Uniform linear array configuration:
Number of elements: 12
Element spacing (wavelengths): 1
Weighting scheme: hamming
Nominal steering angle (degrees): -30
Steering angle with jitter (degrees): -28.943
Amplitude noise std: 0.05
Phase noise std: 0.05

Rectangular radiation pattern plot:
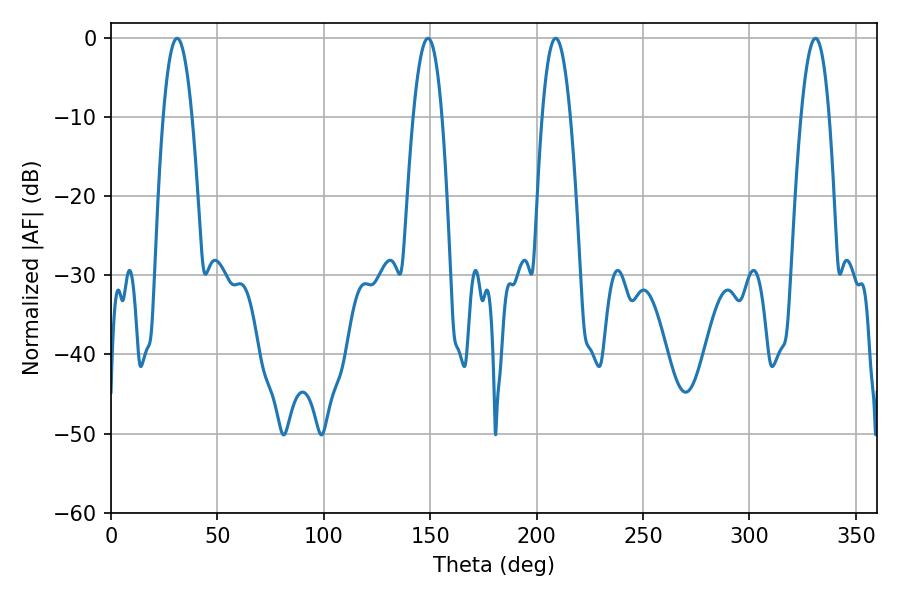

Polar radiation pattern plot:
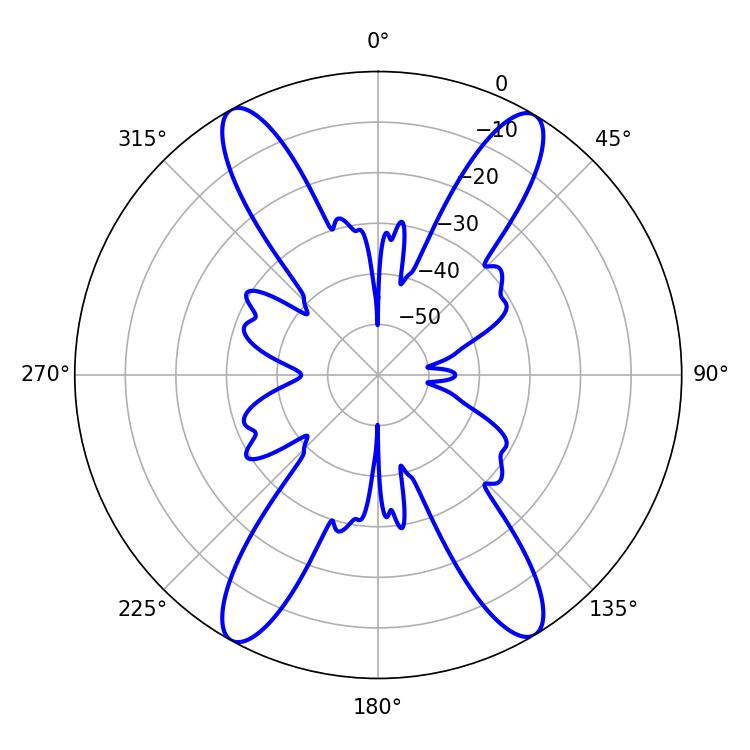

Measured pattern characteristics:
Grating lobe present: TRUE
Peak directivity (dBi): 22.318
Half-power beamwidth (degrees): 7.2
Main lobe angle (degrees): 208.98